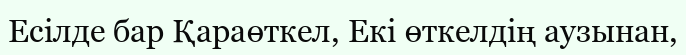
Есілде бар Қараөткел, Екі өткелдің аузынан,